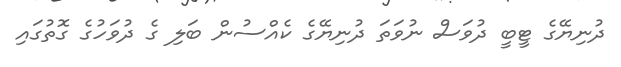
ދުނިޔޭގެ ޓީބީ ދުވަސް ނުވަތަ ދުނިޔޭގެ ކެއްސުން ބަލި ގެ ދުވަހުގެ ގޮތުގައި